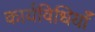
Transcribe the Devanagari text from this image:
कार्यविधियाँ